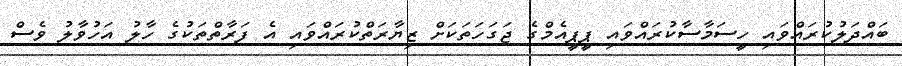
ބައްދަލުކުރައްވައި ހީސަމާސާކުރައްވައި ޕީޕީއެމްގެ ޖަގަހަތަކަށް ޒިޔާރަތްކުރައްވައި އެ ފަރާތްތަކުގެ ހާލު އަހުވާލު ވެސް